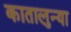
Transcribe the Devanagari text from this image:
कातालुन्या